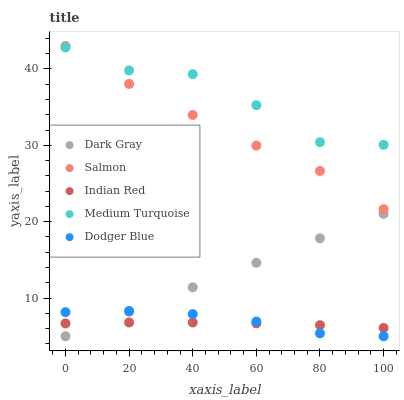
| xaxis_label | Dark Gray | Salmon | Indian Red | Medium Turquoise | Dodger Blue |
 | --- | --- | --- | --- | --- | --- |
 | 0 | 5 | 43 | 6.68 | 42.8 | 8.16 |
 | 20 | 8.21 | 38 | 6.8 | 39.8 | 8.31 |
 | 40 | 11.4 | 34 | 6.81 | 39.3 | 7.9 |
 | 60 | 14.6 | 30 | 6.69 | 35.3 | 6.93 |
 | 80 | 17.8 | 26.6 | 6.45 | 30.4 | 5.38 |
 | 100 | 21 | 21.6 | 6.08 | 30.1 | 5 |